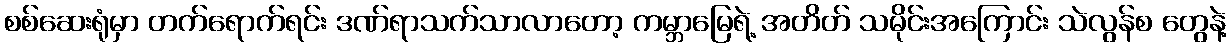
စစ်ဆေးရုံမှာ တက်ရောက်ရင်း ဒဏ်ရာသက်သာလာတော့ ကမ္ဘာမြေရဲ့ အတိတ် သမိုင်းအကြောင်း သဲလွန်စ တွေနဲ့